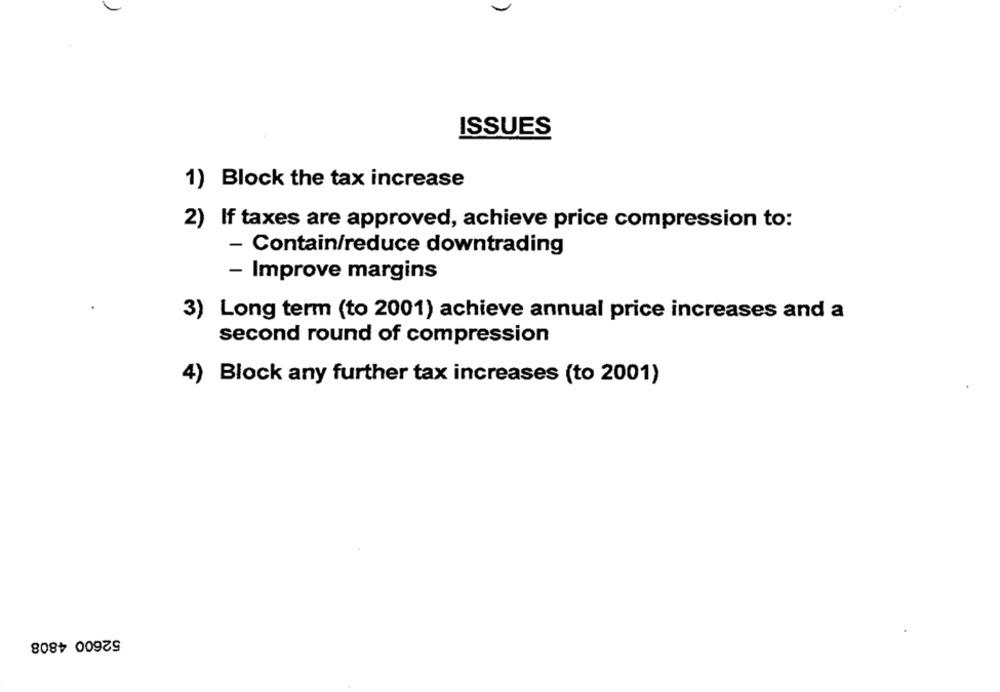
ISSUES
1) Block the tax increase
2) If taxes are approved, achieve price compression to:
- Contain/reduce downtrading
- Improve margins
3) Long term (to 2001) achieve annual price increases and a
second round of compression
4)
Block any further tax increases (to 2001)
52600 4808